Annual report on the Civil Veterinary Department, Burma (including the Insein Veterinary School) - 1932-1941
Year: 1932
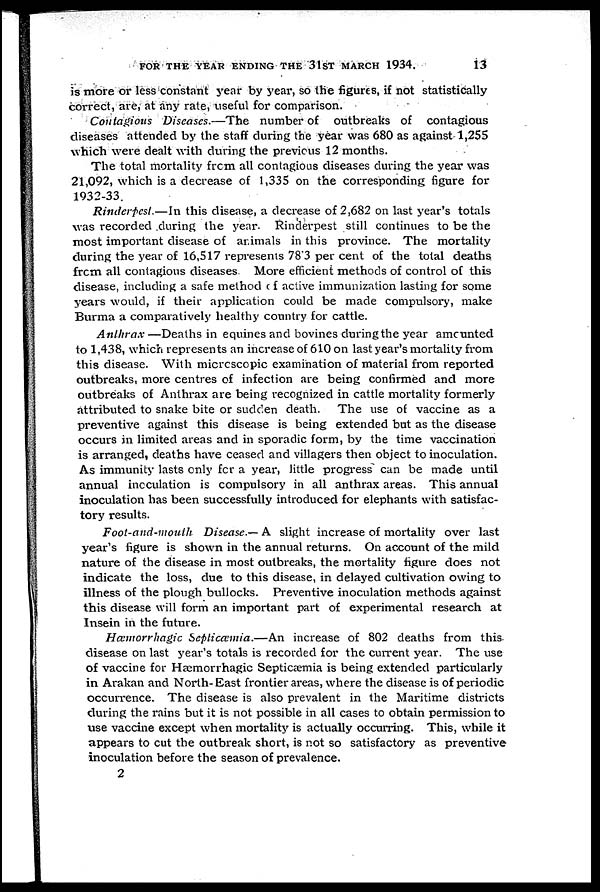
FOR THE YEAR ENDING THE 31ST MARCH 1934.
13
is more or less constant year by year, so the figures, if not statistically
correct, are, at any rale, useful for comparison.
Contagious Diseases.—The number of outbreaks of contagious
diseases attended by the staff during the year was 680 as against 1,255
which were dealt with during the previous 12 months.
The total mortality from all contagious diseases during the year was
21,092, which is a decrease of 1,335 on the corresponding figure for
1932-33.
Rinderpest.—In this disease, a decrease of 2,682 on last year's totals
was recorded during the year. Rinderpest still continues to be the
most important disease of animals in this province. The mortality
during the year of 16,517 represents 78.3 per cent of the total deaths
from all contagious diseases. More efficient methods of control of this
disease, including a safe method of active immunization lasting for some
years would, if their application could be made compulsory, make
Burma a comparatively healthy country for cattle.
Anthrax—Deaths
in equities and bovines during the year amounted
to 1,438, which represents an increase of 610 on last year's mortality from
this disease. With microscopic examination of material from reported
outbreaks, more centres of infection are being confirmed and more
outbreaks of Anthrax are being recognized in cattle mortality formerly
attributed to snake bite or sudden death. The use of vaccine as a
preventive against this disease is being extended but as the disease
occurs in limited areas and in sporadic form, by the time vaccination
is arranged, deaths have ceased and villagers then object to inoculation.
As immunity lasts only for a year, little progress can be made until
annual inoculation is compulsory in all anthrax areas. This annual
inoculation has been successfully introduced for elephants with satisfac-
tory results.
Foot-and-mouth Disease.— A slight increase of mortality over last
year's figure is shown in the annual returns. On account of the mild
nature of the disease in most outbreaks, the mortality figure does not
indicate the loss, due to this disease, in delayed cultivation owing to
illness of the plough bullocks. Preventive inoculation methods against
this disease will form an important part of experimental research at
Insein in the future.
Hæmorrhagic Septicæmia.—An increase of 802 deaths from this
disease on last year's totals is recorded for the current year. The use
of vaccine for Hæmorrhagic Septicæmia is being extended particularly
in Arakan and North-East frontier areas, where the disease is of periodic
occun-ence. The disease is also prevalent in the Maritime districts
during the rains but it is not possible in all cases to obtain permission to
use vaccine except when mortality is actually occurring. This, while it
appears to cut the outbreak short, is not so satisfactory as preventive
inoculation before the season of prevalence.
2